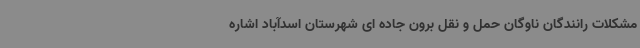
مشکلات رانندگان ناوگان حمل و نقل برون جاده ای شهرستان اسدآباد اشاره